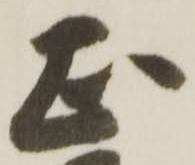
正